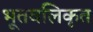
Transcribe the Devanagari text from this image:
भूतवलिकृत